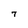
Character: 7